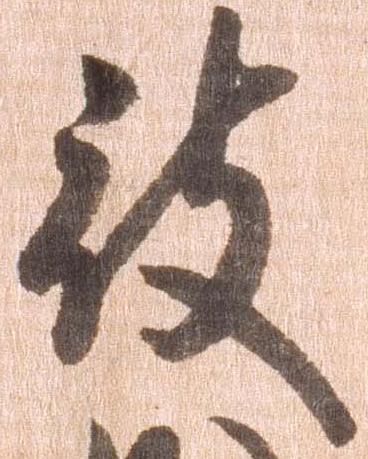
被